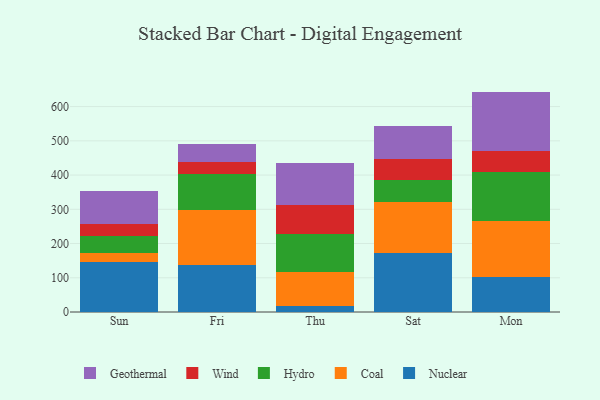
{"axis": {"x": "Day", "y": "Market Share (%)"}, "legend": ["Coal", "Geothermal", "Hydro", "Nuclear", "Wind"], "data": [{"x": "Sun", "y": 147.2, "type": "Nuclear"}, {"x": "Sun", "y": 24.2, "type": "Coal"}, {"x": "Sun", "y": 51.5, "type": "Hydro"}, {"x": "Sun", "y": 32.9, "type": "Wind"}, {"x": "Sun", "y": 98.7, "type": "Geothermal"}, {"x": "Fri", "y": 137.2, "type": "Nuclear"}, {"x": "Fri", "y": 162.2, "type": "Coal"}, {"x": "Fri", "y": 104.2, "type": "Hydro"}, {"x": "Fri", "y": 35.5, "type": "Wind"}, {"x": "Fri", "y": 51.5, "type": "Geothermal"}, {"x": "Thu", "y": 18.1, "type": "Nuclear"}, {"x": "Thu", "y": 98.7, "type": "Coal"}, {"x": "Thu", "y": 111.9, "type": "Hydro"}, {"x": "Thu", "y": 84.3, "type": "Wind"}, {"x": "Thu", "y": 122.3, "type": "Geothermal"}, {"x": "Sat", "y": 172.3, "type": "Nuclear"}, {"x": "Sat", "y": 148.2, "type": "Coal"}, {"x": "Sat", "y": 65.0, "type": "Hydro"}, {"x": "Sat", "y": 61.4, "type": "Wind"}, {"x": "Sat", "y": 97.3, "type": "Geothermal"}, {"x": "Mon", "y": 102.6, "type": "Nuclear"}, {"x": "Mon", "y": 162.1, "type": "Coal"}, {"x": "Mon", "y": 145.2, "type": "Hydro"}, {"x": "Mon", "y": 59.5, "type": "Wind"}, {"x": "Mon", "y": 174.4, "type": "Geothermal"}]}